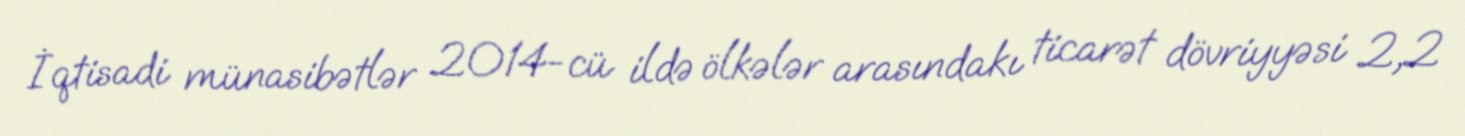
İqtisadi münasibətlər 2014-cü ildə ölkələr arasındakı ticarət dövriyyəsi 2,2